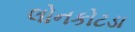
લોનકોટડા